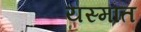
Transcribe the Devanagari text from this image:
यस्मात